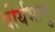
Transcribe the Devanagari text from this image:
वीर्यभानु